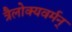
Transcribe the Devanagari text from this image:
त्रैलोक्यवर्मन्‌